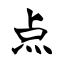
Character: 点